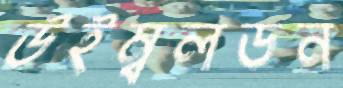
উইম্বলডন